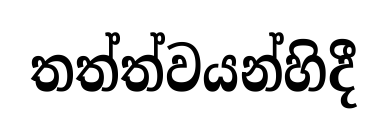
තත්ත්වයන්හිදී